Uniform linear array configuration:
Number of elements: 24
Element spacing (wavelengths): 0.5
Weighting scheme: uniform
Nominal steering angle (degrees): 45
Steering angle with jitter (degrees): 44.226
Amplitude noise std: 0.05
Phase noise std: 0.05

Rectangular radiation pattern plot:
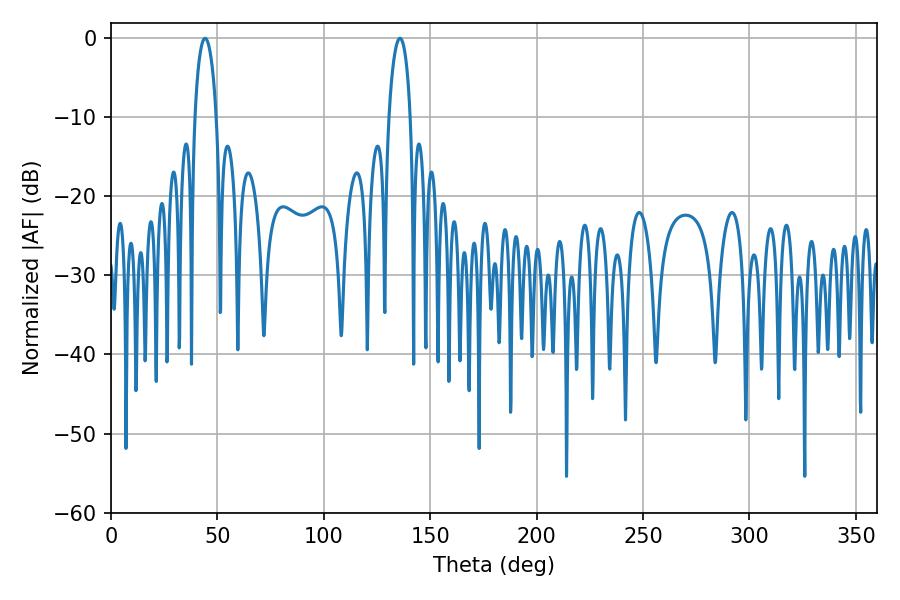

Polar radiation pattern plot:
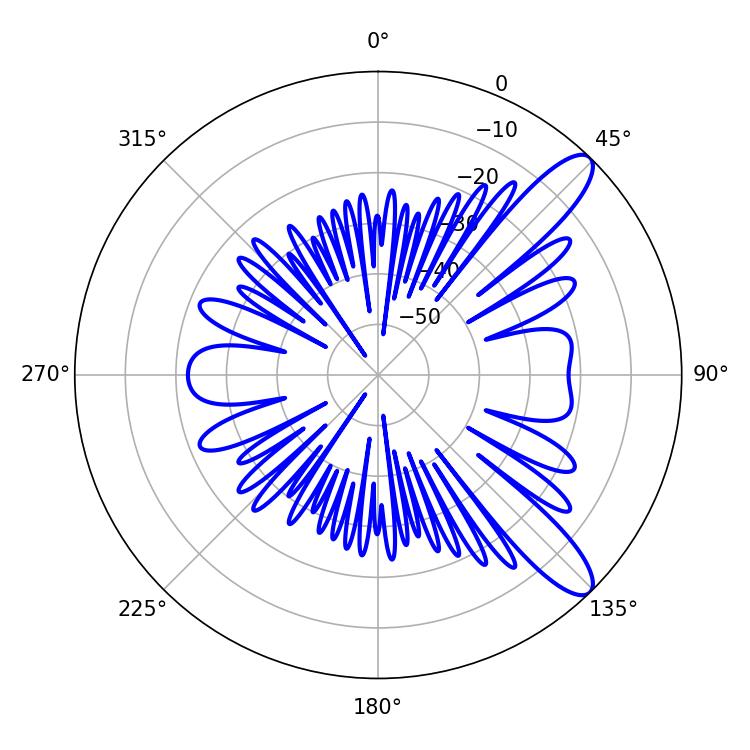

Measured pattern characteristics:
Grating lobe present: FALSE
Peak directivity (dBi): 10.978
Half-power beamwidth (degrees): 5.76
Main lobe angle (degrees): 44.28